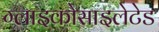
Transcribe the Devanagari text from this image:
ग्लाइकोसाइलेटेड